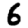
Digit: 6